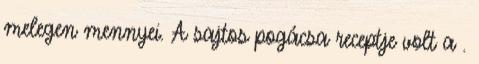
melegen mennyei. A sajtos pogácsa receptje volt a .